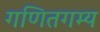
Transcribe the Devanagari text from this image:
गणितगम्य